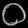
Digit: ၀